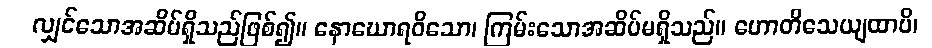
လျှင်သောအဆိပ်ရှိသည်ဖြစ်၍။ နောဃောရဝိသော၊ ကြမ်းသောအဆိပ်မရှိသည်။ ဟောတိသေယျထာပိ၊